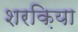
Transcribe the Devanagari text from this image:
शरक़िया